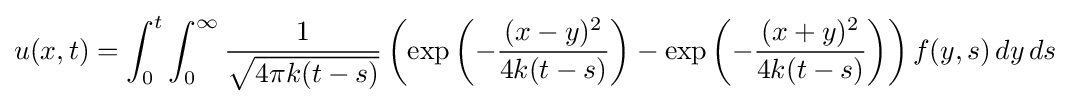
u(x,t)=\int _{0}^{t}\int _{0}^{\infty }{\frac {1}{\sqrt {4\pi k(t-s)}}}\left(\exp \left(-{\frac {(x-y)^{2}}{4k(t-s)}}\right)-\exp \left(-{\frac {(x+y)^{2}}{4k(t-s)}}\right)\right)f(y,s)\,dy\,ds